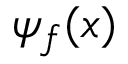
\psi _ { f } ( x )